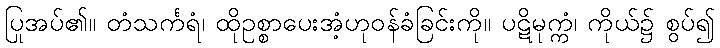
ပြုအပ်၏။ တံသင်္ကရံ၊ ထိုဥစ္စာပေးအံ့ဟုဝန်ခံခြင်းကို။ ပဋိမုက္ကံ၊ ကိုယ်၌ စွပ်၍